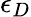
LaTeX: \epsilon_{D}